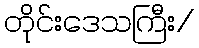
တိုင်းဒေသကြီး/